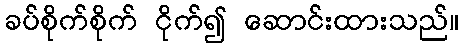
ခပ်စိုက်စိုက် ငိုက်၍ ဆောင်းထားသည်။